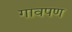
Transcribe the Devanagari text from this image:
गावपण